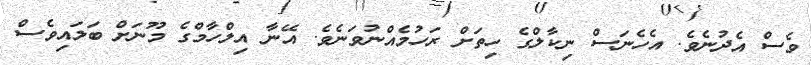
ވެސް އެދުނެވެ. އެހެނަސް ނިކާލްގެ ހިތަށް ރަހުމެއްނުވަނެވެ. އޭނާ އިލްހާމްގެ މޫނަށް ބަލައިވެސް